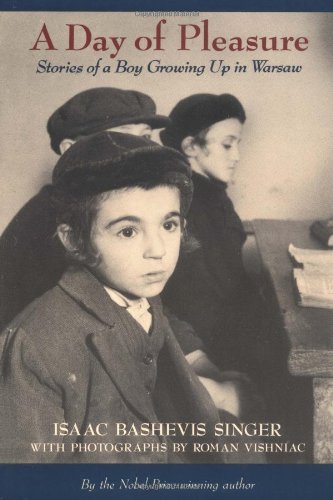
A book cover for A Day of Pleasure: Stories of a Boy Growing Up in Warsaw; Isaac Bashevis Singer; Children's Books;